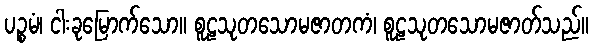
ပဉ္စမံ၊ ငါးခုမြောက်သော။ စူဠသုတသောမဇာတကံ၊ စူဠသုတသောမဇာတ်သည်။